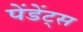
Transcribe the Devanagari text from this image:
पेंडेंट्स